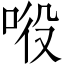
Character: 𱒵